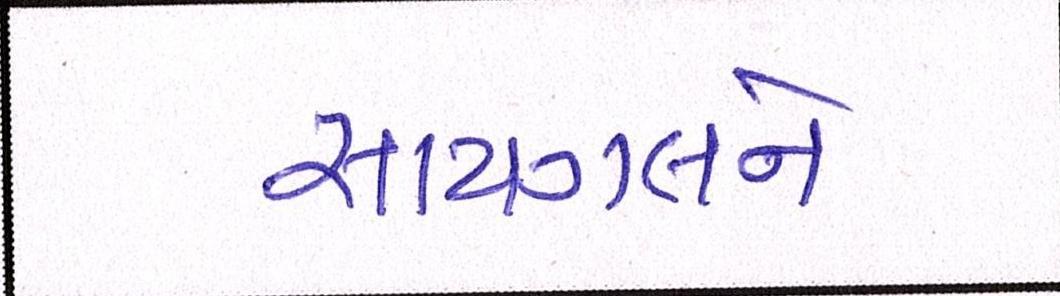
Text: સાયગલને